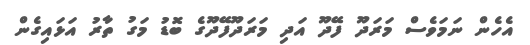
އެހެން ނަމަވެސް މަރަދޫ ފޭދޫ އަދި މަރަދޫފޭދޫގެ ބޮޑު މަގު ތާރު އަޅައިގެން